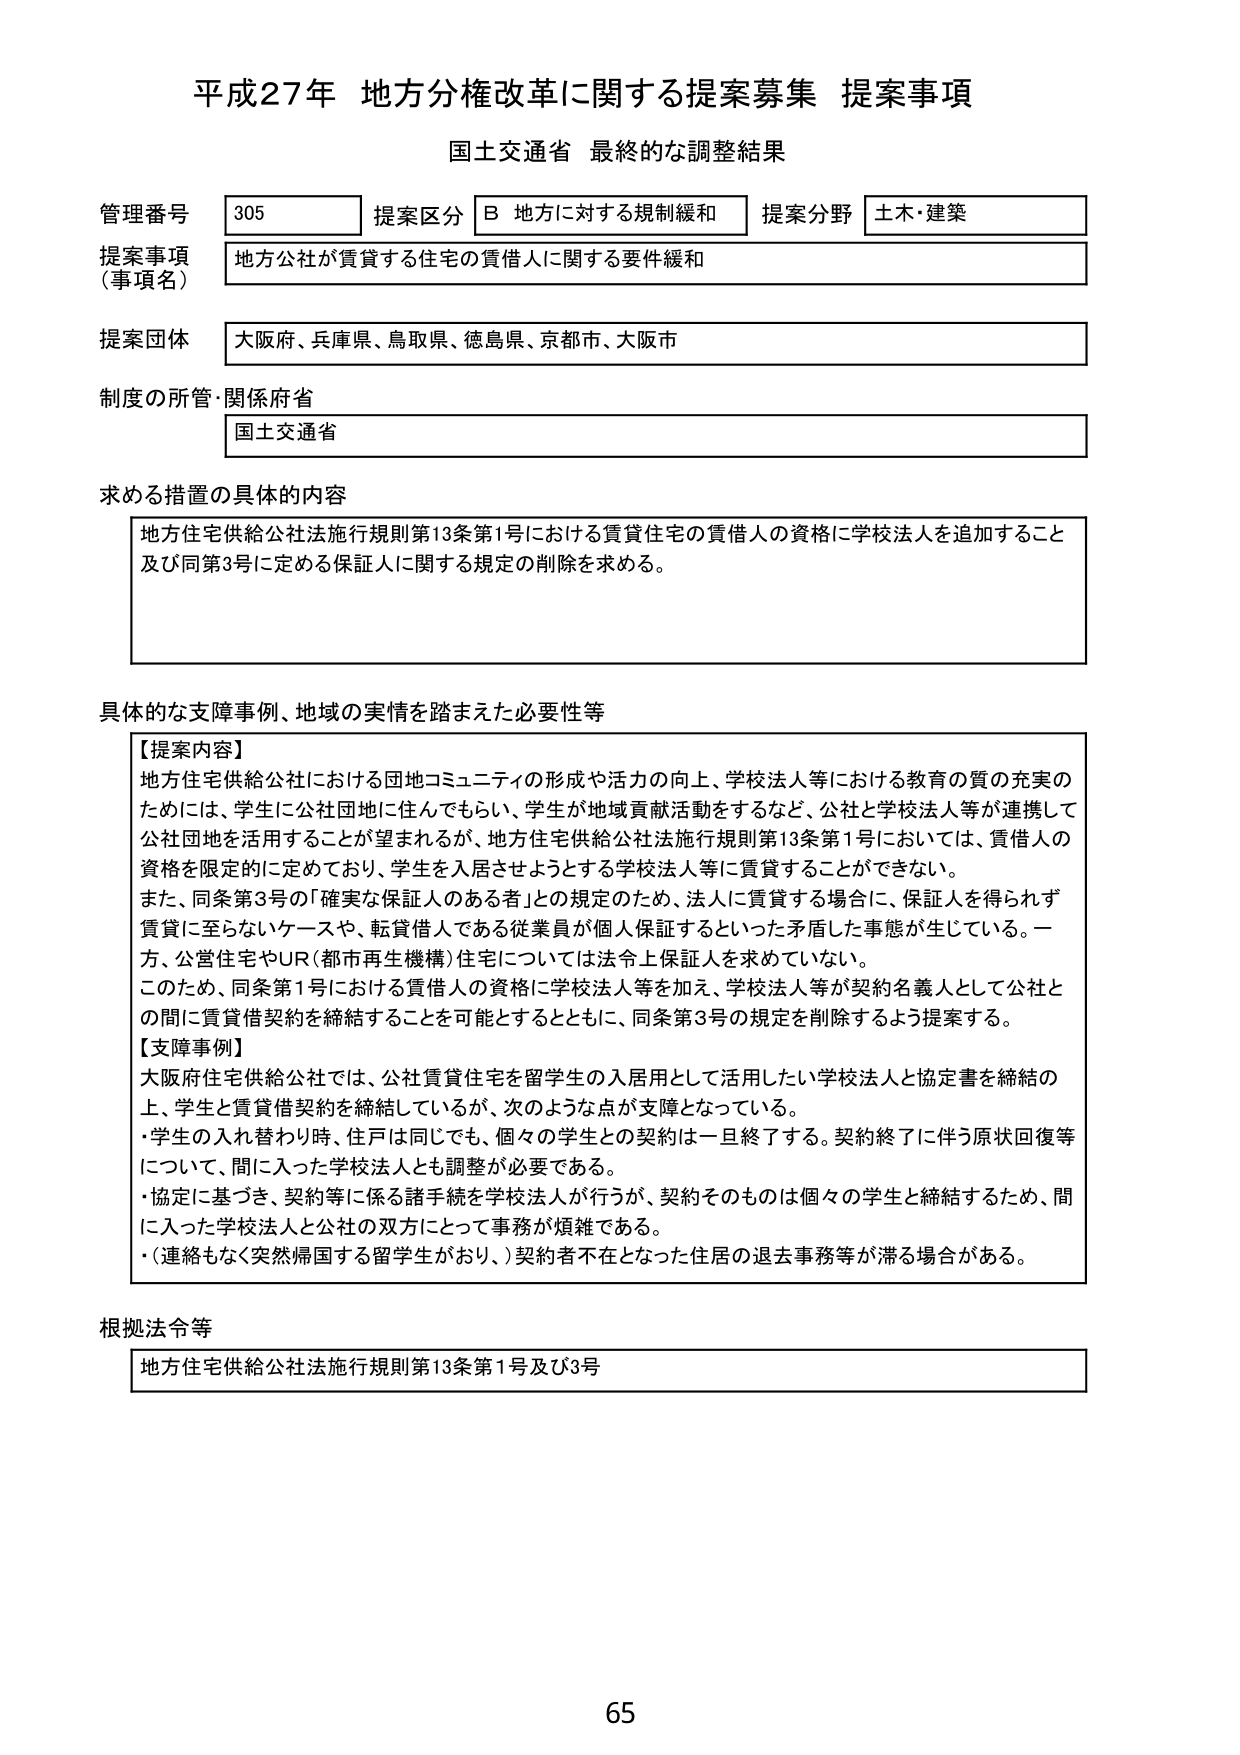
平成27年 地方分権改革に関する提案募集 提案事項
国土交通省 最終的な調整結果

管理番号 305 提案区分 B 地方に対する規制緩和 提案分野 土木・建築
提案事項（事項名） 地方公社が賃貸する住宅の賃借人に関する要件緩和
提案団体 大阪府、兵庫県、鳥取県、徳島県、京都市、大阪市
制度の所管・関係府省 国土交通省

求める措置の具体的内容
地方住宅供給公社法施行規則第13条第1号における賃貸住宅の賃借人の資格に学校法人を追加すること及び同第3号に定める保証人に関する規定の削除を求める。

具体的な支障事例、地域の実情を踏まえた必要性等
【提案内容】
地方住宅供給公社における団地コミュニティの形成や活力の向上、学校法人等における教育の質の充実のためには、学生に公社団地に住んでもらい、学生が地域貢献活動をするなど、公社と学校法人等が連携して公社団地を活用することが望まれるが、地方住宅供給公社法施行規則第13条第1号においては、賃借人の資格を限定的に定めており、学生を入居させようとする学校法人等に賃貸することができない。
また、同条第3号の「確実な保証人のある者」との規定のため、法人に賃貸する場合に、保証人を得られず賃貸に至らないケースや、転貸借人である従業員が個人保証するといった矛盾した事態が生じている。一方、公営住宅やUR（都市再生機構）住宅については法令上保証人を求めていない。
このため、同条第1号における賃借人の資格に学校法人等を加え、学校法人等が契約名義人として公社との間に賃貸借契約を締結することを可能とするとともに、同条第3号の規定を削除するよう提案する。
【支障事例】
大阪府住宅供給公社では、公社賃貸住宅を留学生の入居用として活用したい学校法人と協定書を締結の上、学生と賃貸借契約を締結しているが、次のような点が支障となっている。
・学生の入れ替わり時、住戸は同じでも、個々の学生との契約は一旦終了する。契約終了に伴う原状回復等について、間に入った学校法人とも調整が必要である。
・協定に基づき、契約等に係る諸手続を学校法人が行うが、契約そのものは個々の学生と締結するため、間に入った学校法人と公社の双方にとって事務が煩雑である。
・（連絡もなく突然帰国する留学生がおり、）契約者不在となった住居の退去事務等が滞る場合がある。

根拠法令等
地方住宅供給公社法施行規則第13条第1号及び3号

65